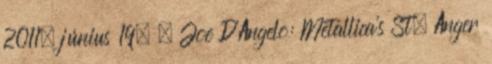
2011. június 19. ↑ Joe D'Angelo: Metallica's St. Anger